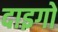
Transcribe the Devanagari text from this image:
दाइगो